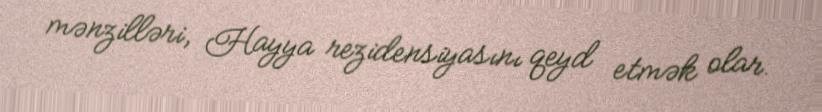
mənzilləri, Hayya rezidensiyasını qeyd etmək olar.